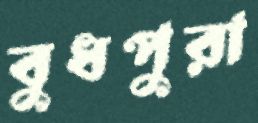
বুধপুরা